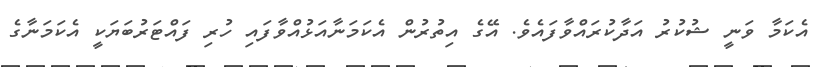
އެކަމާ ވަނީ ޝުކުރު އަދާކުރައްވާފައެވެ. އޭގެ އިތުރުން އެކަމަނާއަޅުއްވާފައި ހުރި ފައްޓަރުބަޔަކީ އެކަމަނާގެ